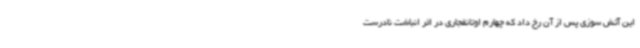
این آتش سوزی پس از آن رخ داد که چهارم اوتانفجاری در اثر انباشت نادرست